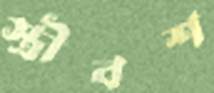
স্ত্রীবশ